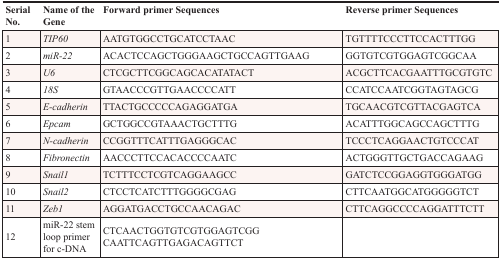
| Serial No. | Name of the Gene | Forward primer Sequences | Reverse primer Sequences |
 | --- | --- | --- | --- |
 | 1 | TIP60 | AATGTGGCCTGCATCCTAAC | TGTTTTCCCTTCCACTTTGG |
 | 2 | miR-22 | ACACTCCAGCTGGGAAGCTGCCAGTTGAAG | GGTGTCGTGGAGTCGGCAA |
 | 3 | U6 | CTCGCTTCGGCAGCACATATACT | ACGCTTCACGAATTTGCGTGTC |
 | 4 | 18S | GTAACCCGTTGAACCCCATT | CCATCCAATCGGTAGTAGCG |
 | 5 | E-cadherin | TTACTGCCCCCAGAGGATGA | TGCAACGTCGTTACGAGTCA |
 | 6 | Epcam | GCTGGCCGTAAACTGCTTTG | ACATTTGGCAGCCAGCTTTG |
 | 7 | N-cadherin | CCGGTTTCATTTGAGGGCAC | TCCCTCAGGAACTGTCCCAT |
 | 8 | Fibronectin | AACCCTTCCACACCCCAATC | ACTGGGTTGCTGACCAGAAG |
 | 9 | Snail1 | TCTTTCCTCGTCAGGAAGCC | GATCTCCGGAGGTGGGATGG |
 | 10 | Snail2 | CTCCTCATCTTTGGGGCGAG | CTTCAATGGCATGGGGGTCT |
 | 11 | Zeb1 | AGGATGACCTGCCAACAGAC | CTTCAGGCCCCAGGATTTCTT |
 | 12 | miR-22 stem loop primer for c-DNA | CTCAACTGGTGTCGTGGAGTCGG CAATTCAGTTGAGACAGTTCT |  |